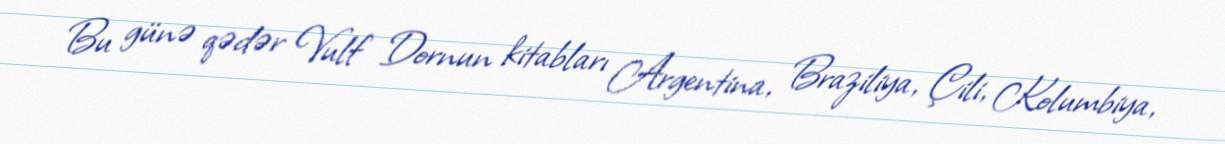
Bu günə qədər Vulf Dornun kitabları Argentina, Braziliya, Çili, Kolumbiya,